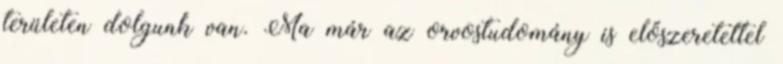
területen dolgunk van. Ma már az orvostudomány is előszeretettel